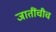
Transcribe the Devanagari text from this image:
जातींचीच